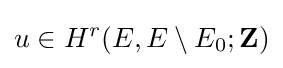
u\in H^{r}(E,E\setminus E_{0};\mathbf {Z} )